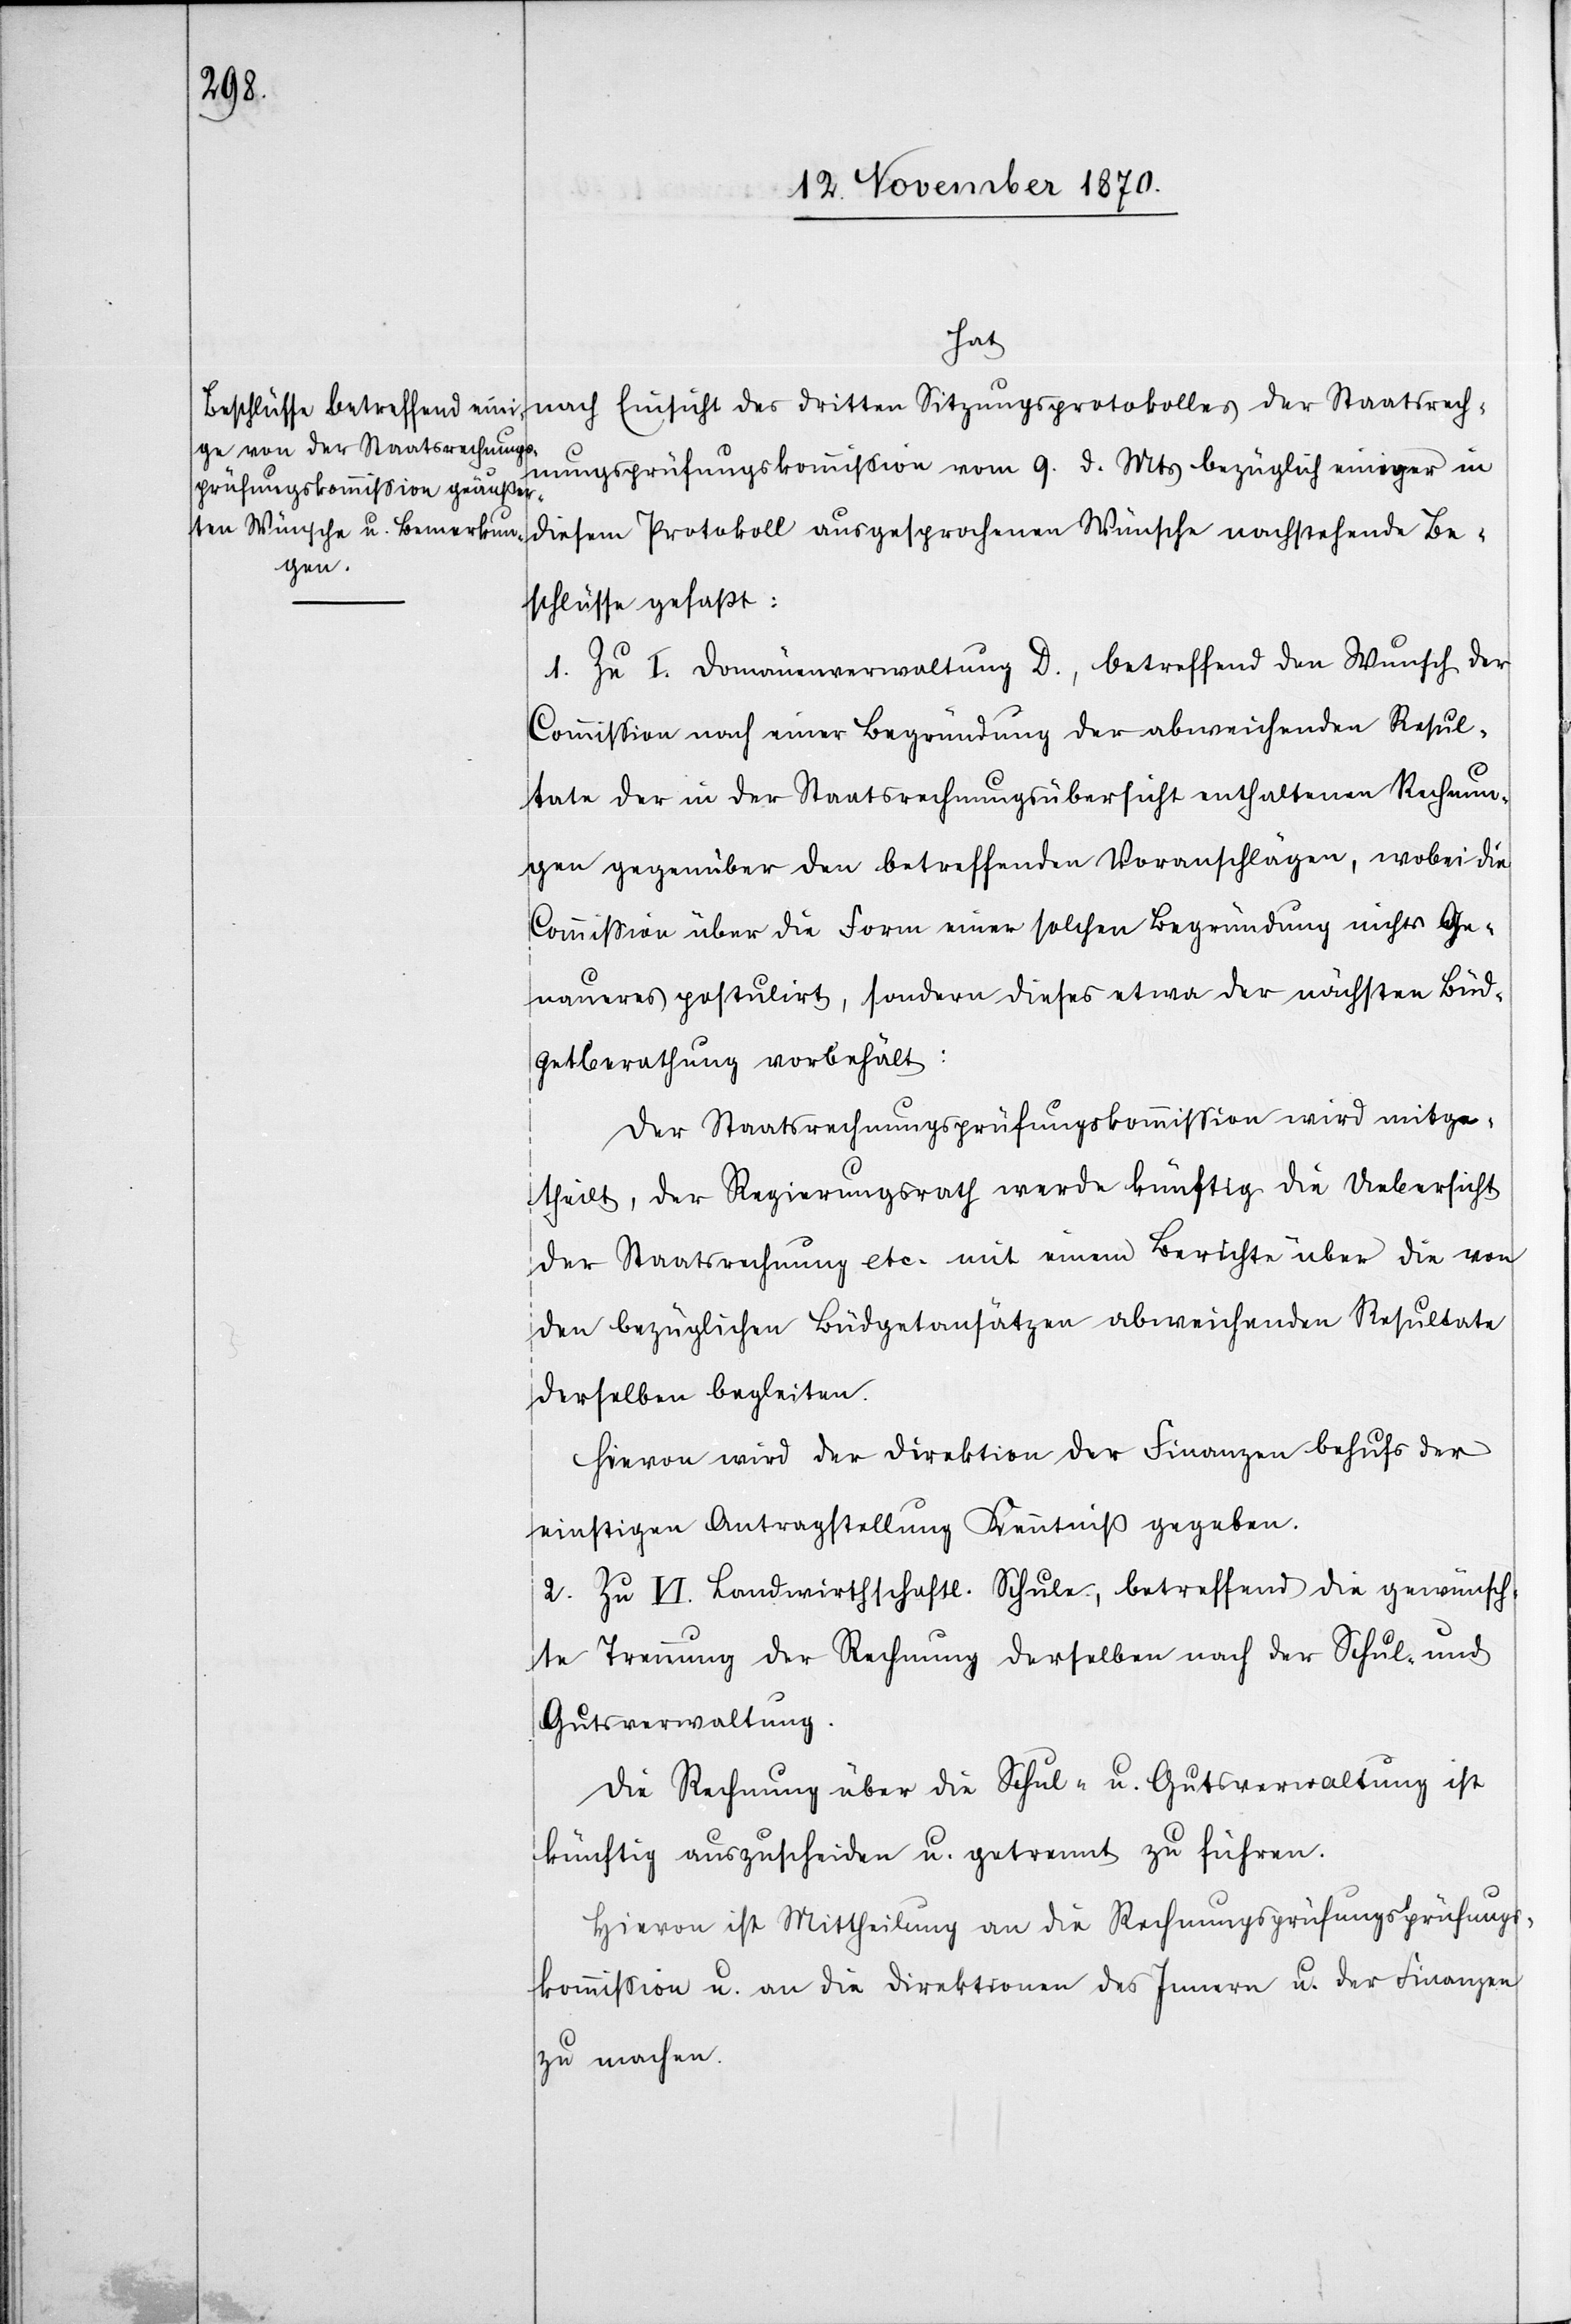
hat
diesem Protokoll ausgesprochenen Wünsche nachstehende Be¬
schlüsse gefaßt:
1. Zu I. Domänenverwaltung D., betreffend den Wunsch der
Commißion nach einer Begründung der abweichenden Resul¬
tate der in der Staatsrechnungsübersicht enthaltenen Rechnun¬
gen gegenüber den betreffenden Voranschlägen, wobei die
Commißion über die Form einer solchen Begründung nichts Ge¬
naueres postulirt, sondern dieser etwa der nächsten Büd¬
getberathung vorbehält:
Der Staatsrechnungsprüfungskommißion wird mitge¬
theilt, der Regierungsrath werde künftig die Uebersicht
der Staatsrechnung etc. mit einem Berichte über die von
den bezüglichen Büdgetansätzen abweichenden Resultate
derselben begleiten.
Hievon wird der Direktion der Finanzen behufs der
einstigen Antragstellung Kenntniß gegeben.
2. Zu VI. Landwirthschaftl. Schule, betreffend die gewünsch¬
te Trennung der Rechnung derselben nach der Schul- und
Gutsverwaltung.
Die Rechnung über die Schul- u. Gutsverwaltung ist
künftig auszuscheiden u. getrennt zu führen.
Hievon ist Mittheilung an die Rechnungsprüfungsprüfungs¬
kommißion [sic!] u. an die Direktionen des Innern u. der Finanzen
zu machen.